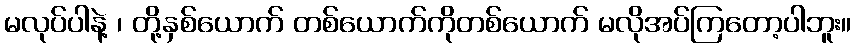
မလုပ်ပါနဲ့ ၊ တို့နှစ်ယောက် တစ်ယောက်ကိုတစ်ယောက် မလိုအပ်ကြတော့ပါဘူး။